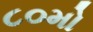
૮૦મો